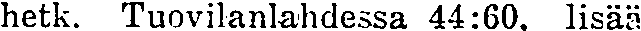
hetk. Tuovilanlahdessa 44:60. lisää